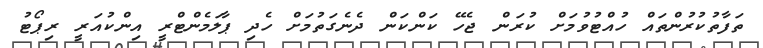
ތަފާތުކުރުންތައް ހުއްޓުވުމަށް ކުރަން ޖެހޭ ކަންކަން ދެނެގަތުމަށް ހެދި ޕާލަމެންޓްރީ އިންކުއަރީ ރިޕޯޓު